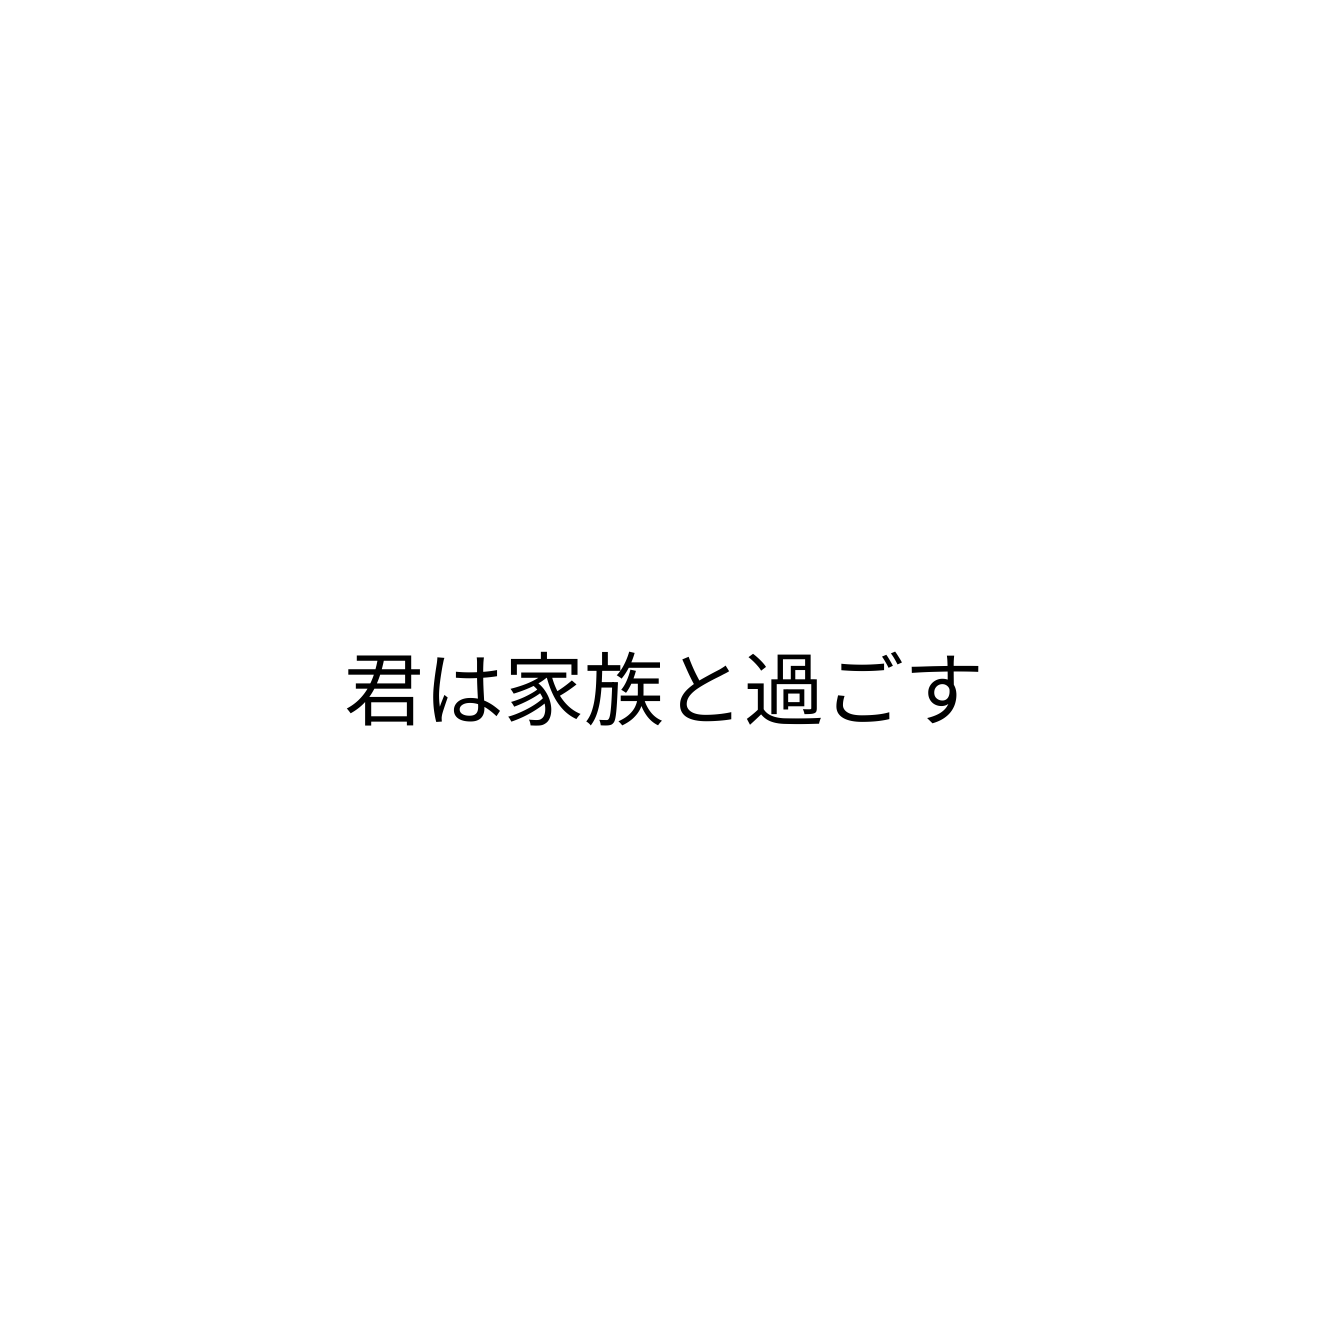
君は家族と過ごす